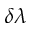
\delta \lambda